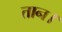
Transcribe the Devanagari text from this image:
तान।